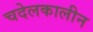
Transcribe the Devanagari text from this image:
चदेलकालीन